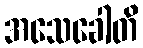
အသေခေါတိ